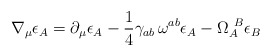
\begin{align*}\nabla_{\mu}\epsilon_A=\partial_{\mu}\epsilon_A-\frac{1}{4}\gamma_{ab} \, \omega^{ab}\epsilon_A-\Omega_A^{~B}\epsilon_B\end{align*}